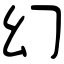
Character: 幻